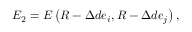
E _ { 2 } = E \left( \boldsymbol { R } - \Delta d \boldsymbol { e } _ { i } , \boldsymbol { R } - \Delta d \boldsymbol { e } _ { j } \right) ,